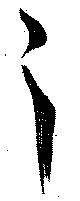
之